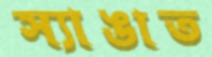
স্যাঙাত